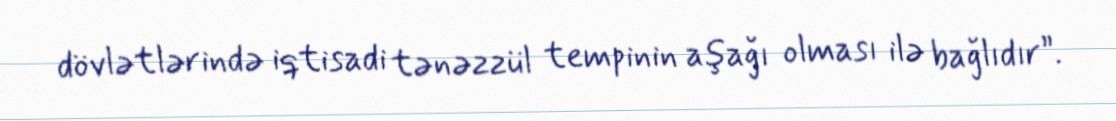
dövlətlərində iqtisadi tənəzzül tempinin aşağı olması ilə bağlıdır”.